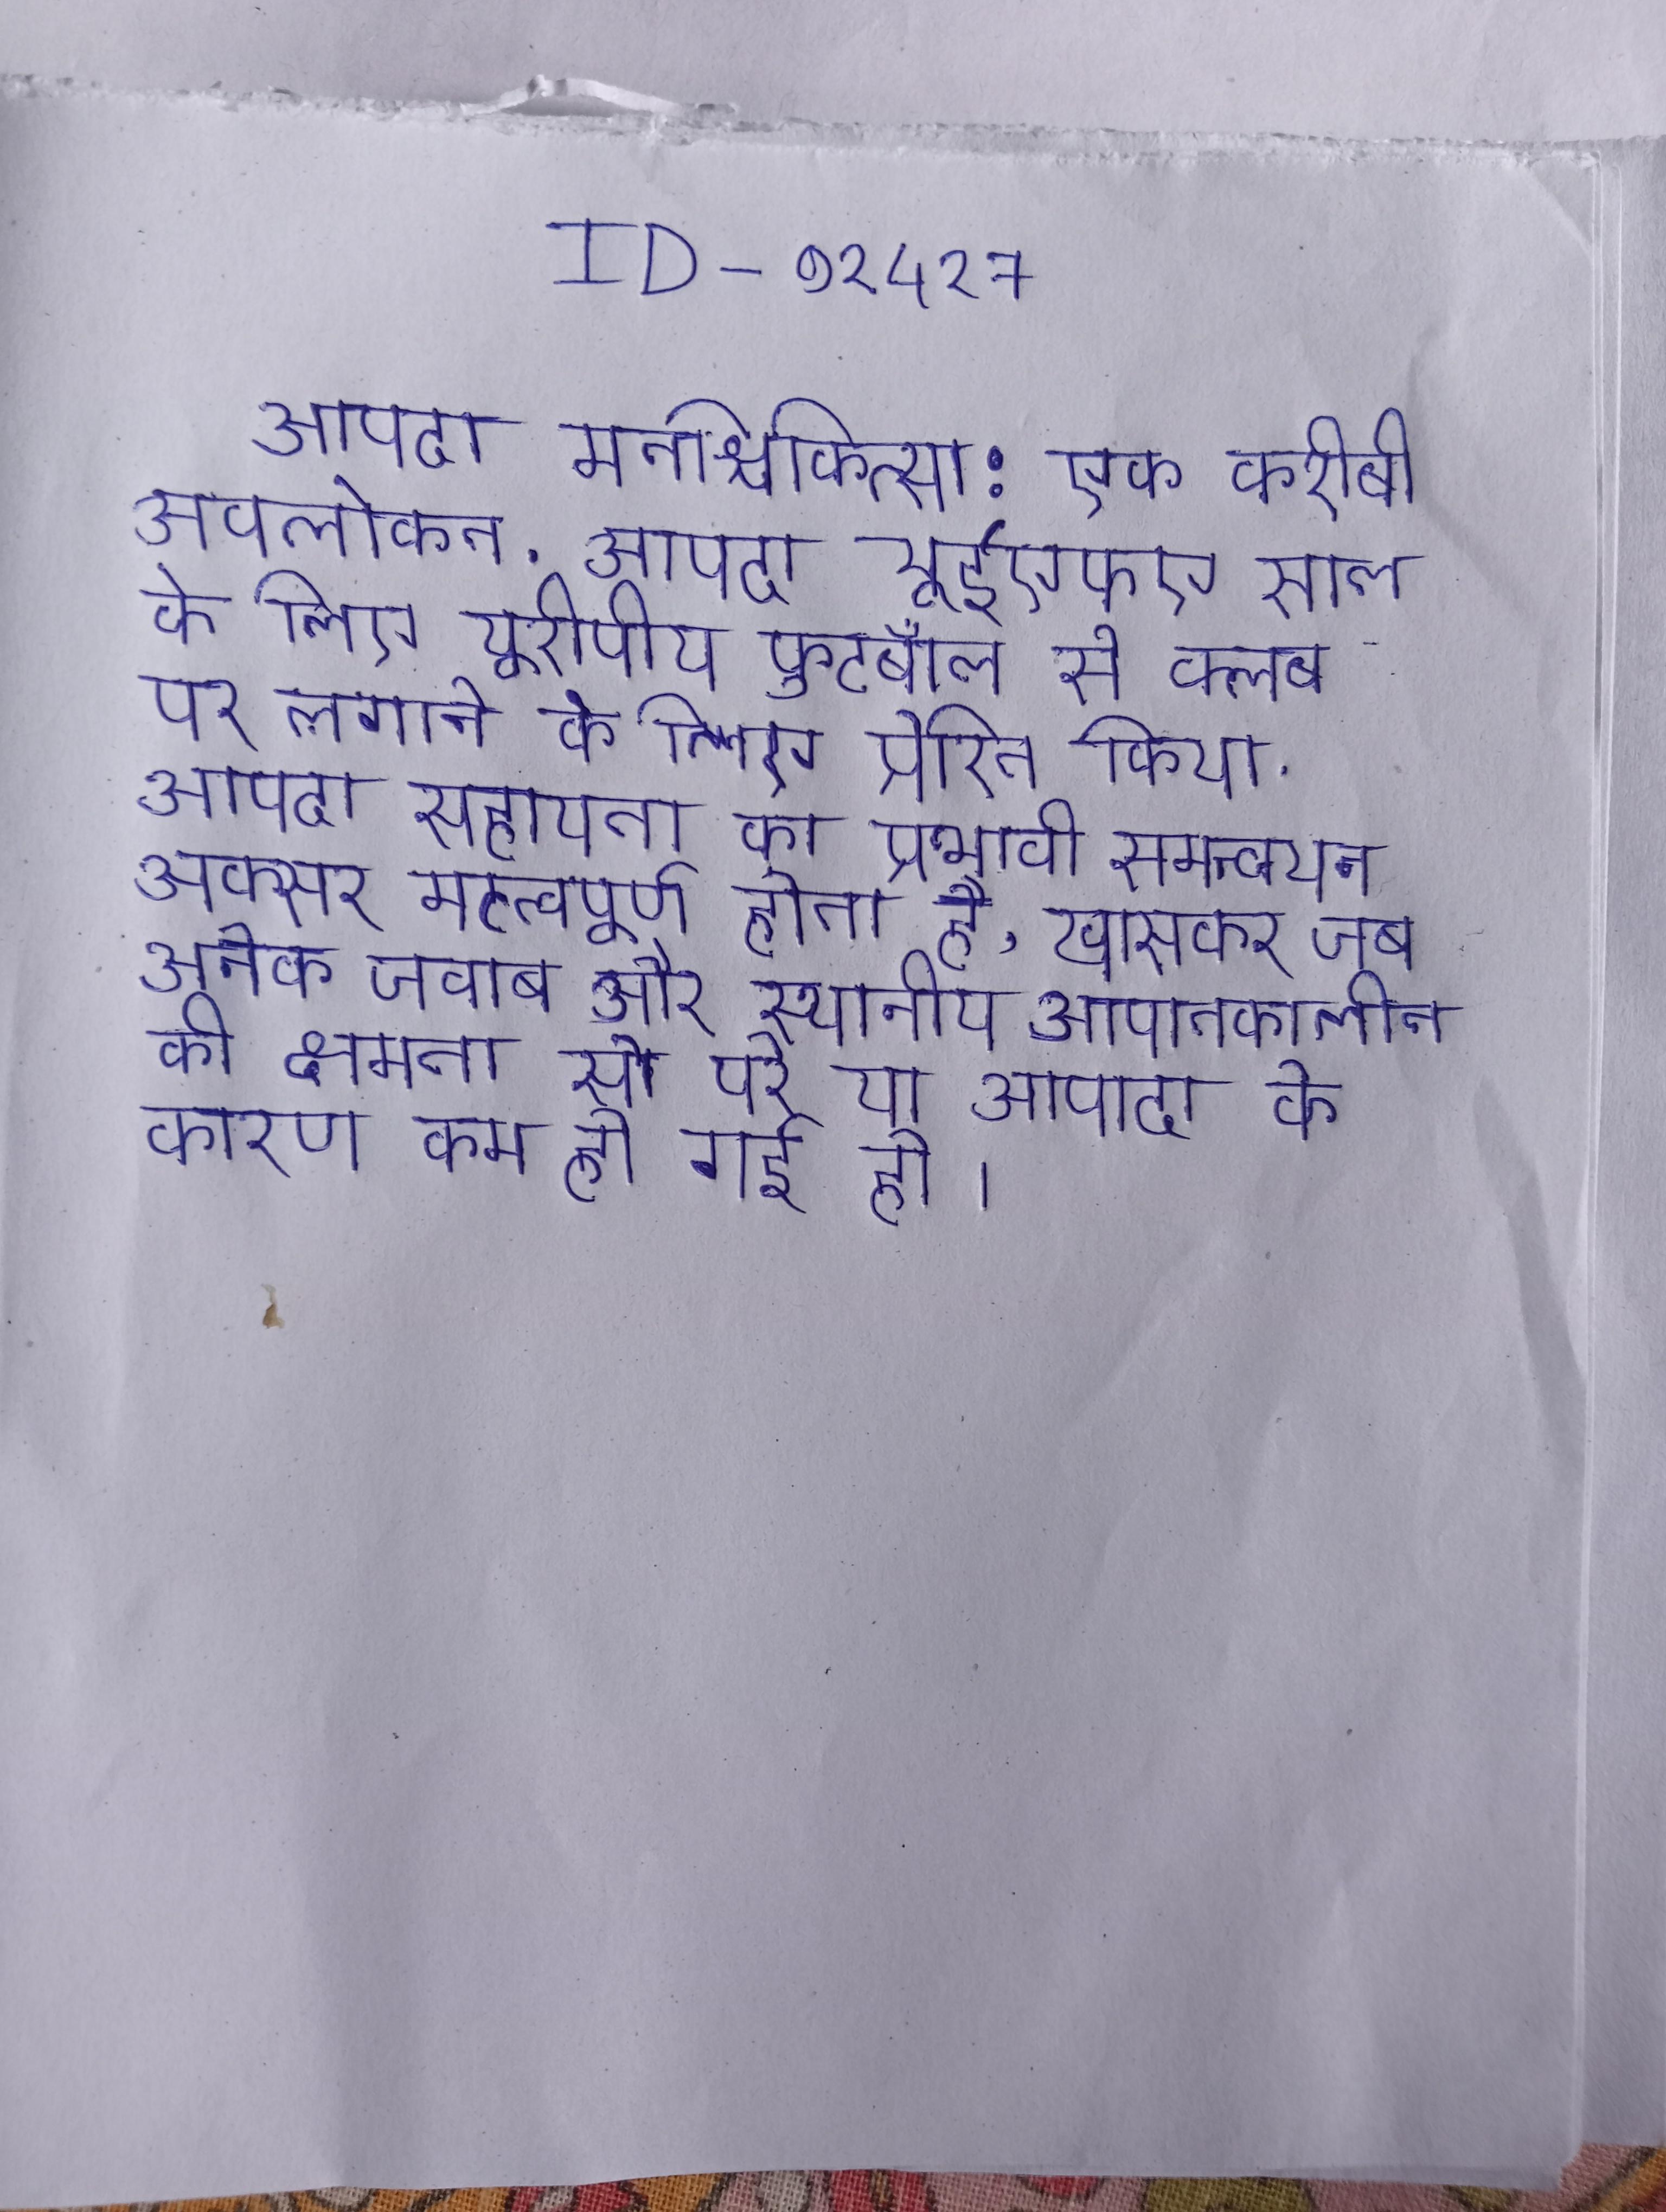
आपदा मनश्चिकित्सा: एक करीबी अवलोकन . आपदा यूईएफए साल के लिए यूरोपीय फुटबॉल से क्लब पर लगाने के लिए प्रेरित किया . आपदा सहायता का प्रभावी समन्वयन अक्सर महत्वपूर्ण होता है, खासकर जब अनेक जवाब और स्थानीय आपातकालीन की क्षमता से परे या आपदा के कारण कम हो गई हो ।